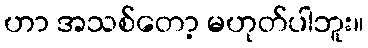
ဟာ အသစ်တော့ မဟုတ်ပါဘူး။